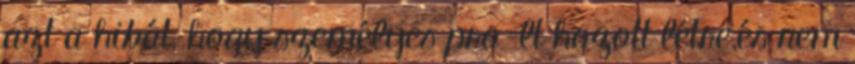
azt a hibát, hogy személyes proﬁlt hozott létre,és nem